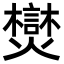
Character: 𪺂